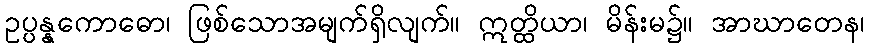
ဥပ္ပန္နကောဓော၊ ဖြစ်သောအမျက်ရှိလျက်။ ဣတ္ထိယာ၊ မိန်းမ၌။ အာဃာတေန၊